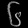
Digit: ၆